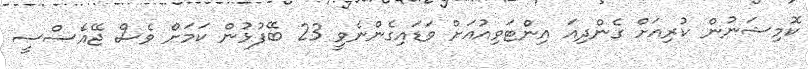
ކޮމިޝަނުން ކުރިއަށް ގެންދިއަ އިންޓަވިއުއަށް ވަޑައިގެންނެވީ 23 ބޭފުޅުން ކަމަށް ވެސް ޖޭއެސްސީ